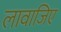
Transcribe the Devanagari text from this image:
लावाजिए